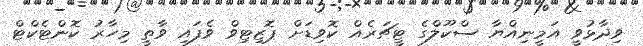
ވިދާޅުވީ އަމީނިއްޔާ ސްކޫލްގެ ޓީޗަރެއް ކޮވިޑަށް ޕޮޒިޓިވް ވެފައި ވާތީ މިހާރު ކޮންޓެކްޓް